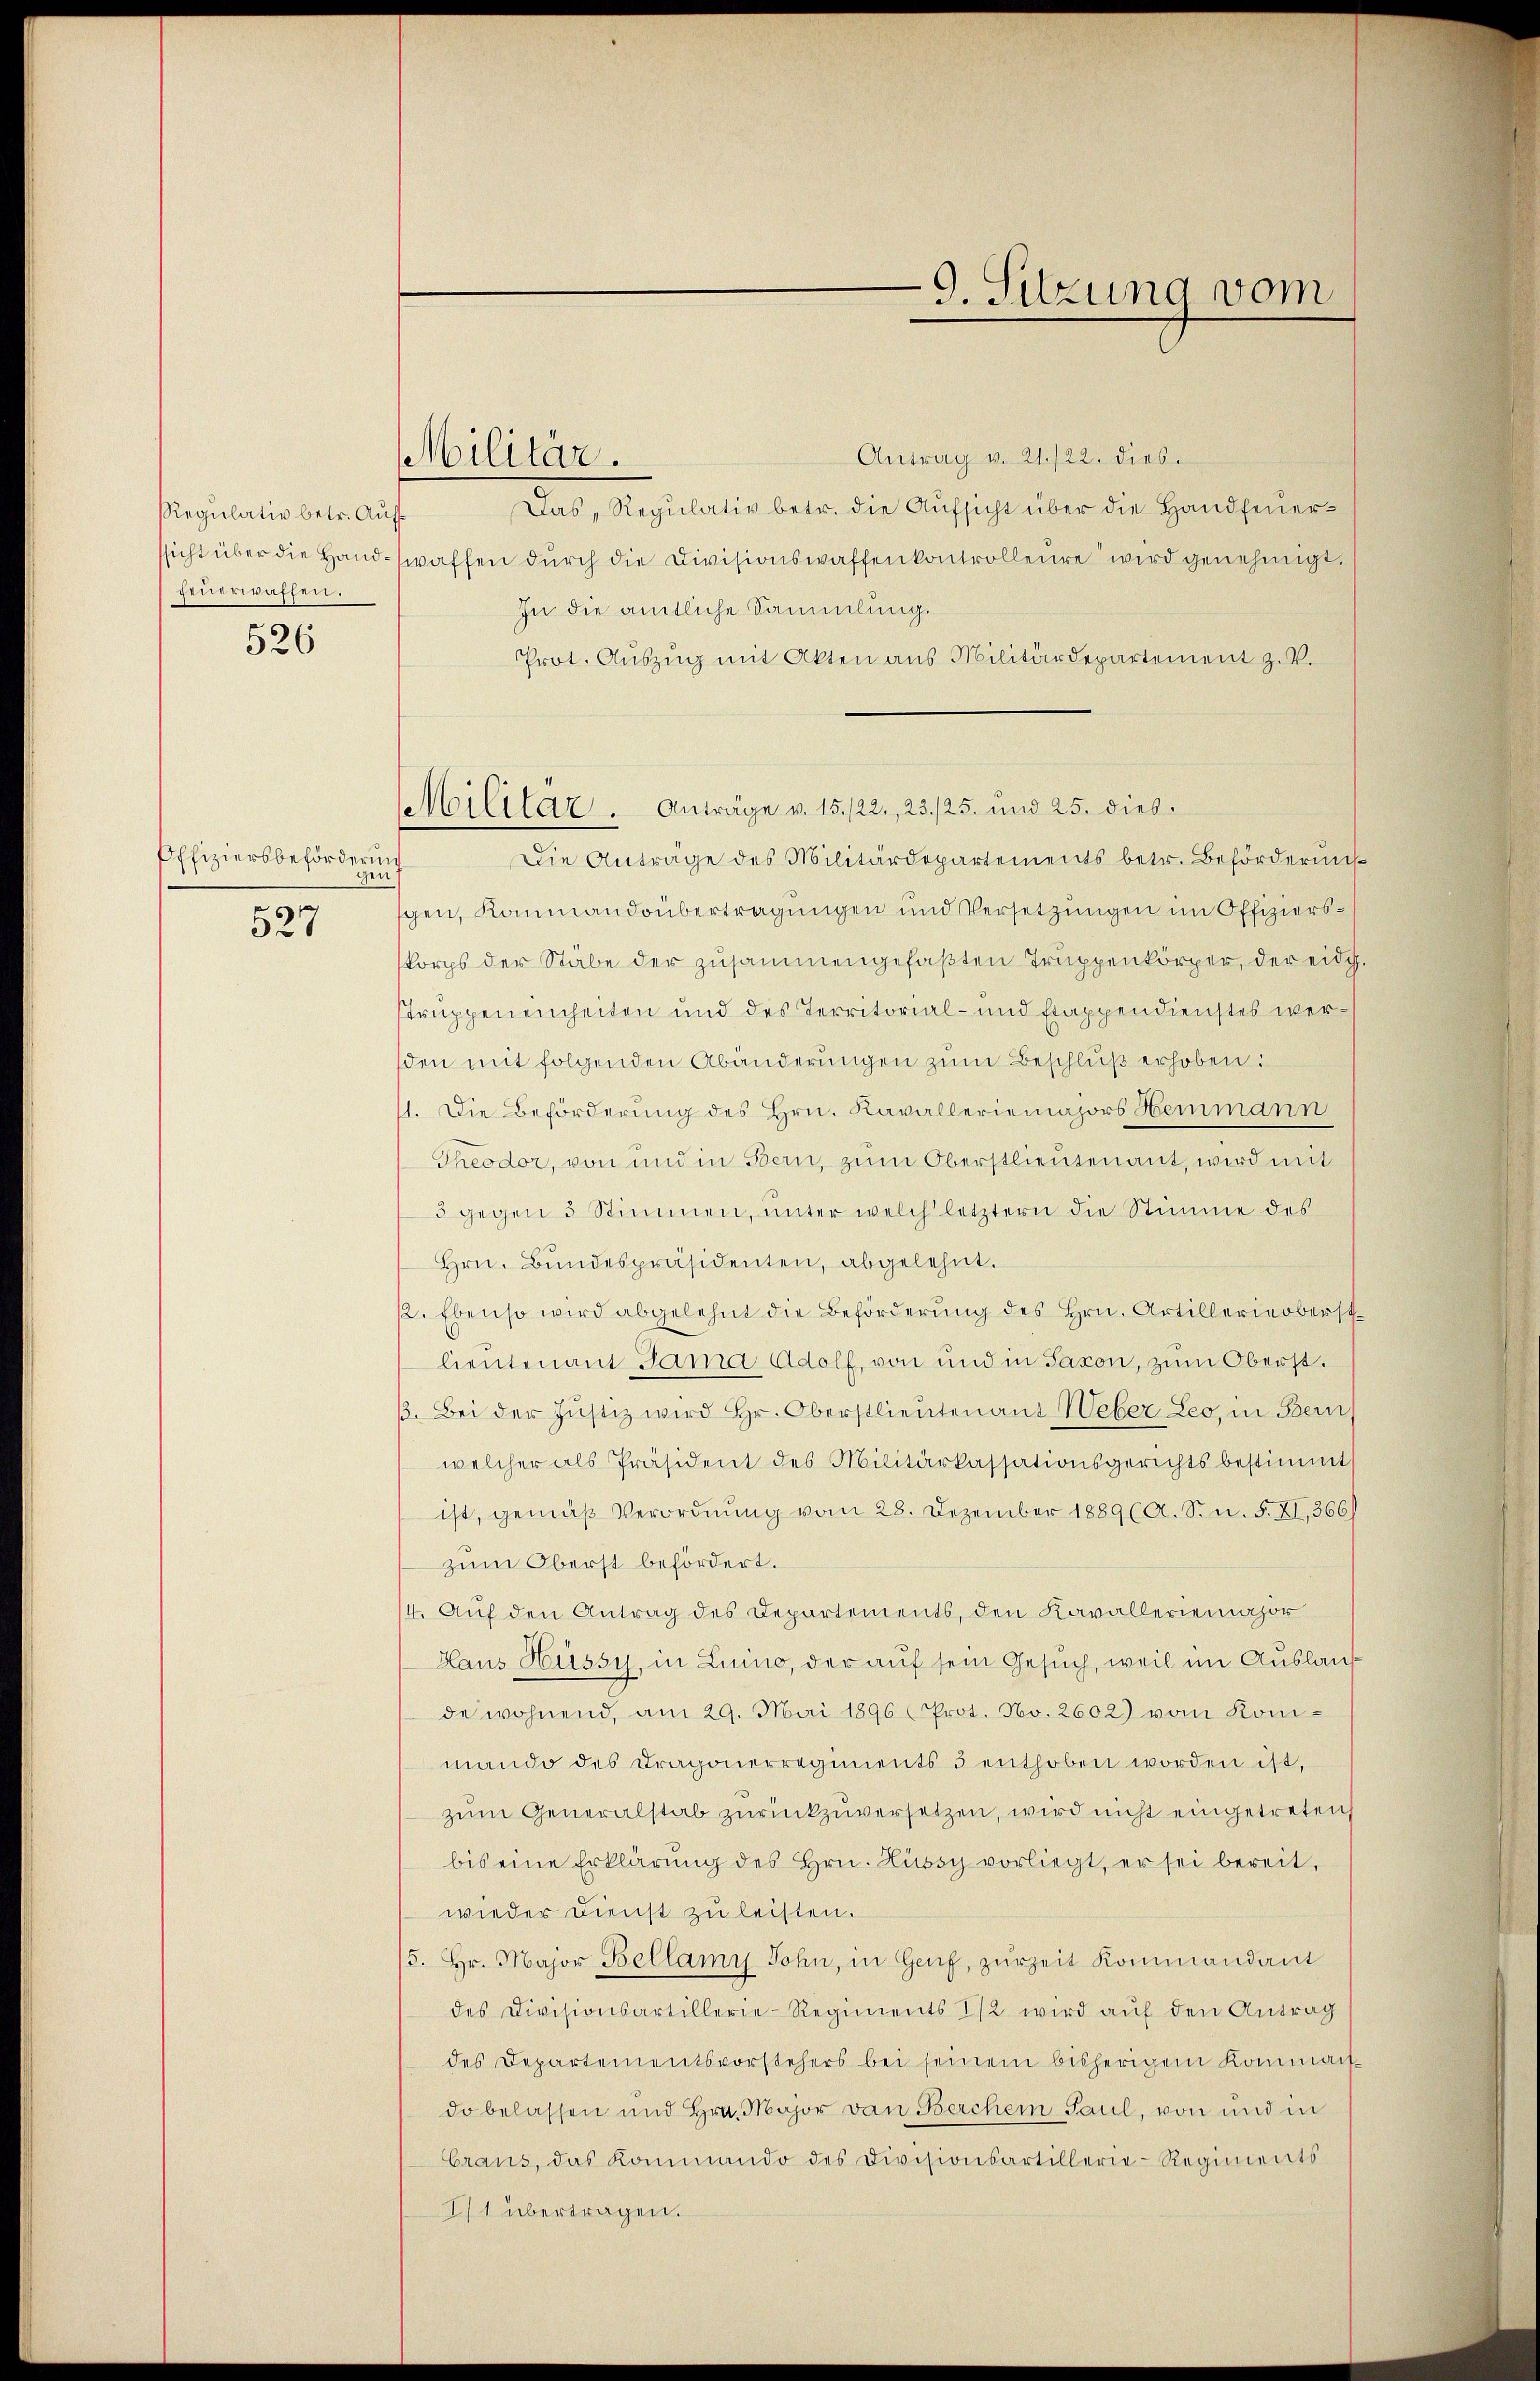
Regulativ betr. Auff
feuerwaffen.

526

Offiziers beförderun
gen
527

Militär.

Antrag v. 21./22. dies
Das, Regulativ betr. die Aufsicht über die Handfeuerssicht über die Handwaffen durch die Divisionswaffenkontrolleure wird genehmigt.
In die amtliche Sammlung.
Prot. Aŭszŭg mit Akten aus Militärdepartement z. V.
Militär. Anträge v. 15./22., 23./25. und 25. dies
Die Anträge des Militärdepartements betr. Behörderung
gen, Kammandoübertragungen und Versetzungen im Offizierskorps der Stäbe der zusammengefaβten Truppenkörper, der eidg.
struppen einheiten und des Territorial- und stappendienstes wersden mit folgenden Abänderungen zum Beschluß erhoben:
11. Die Beförderung des Hrn. Kavalleriemajors Heimann
Theodor, von und in Bern, zum Oberstlieutenant, wird mit
5 gegen 5 Stimmen, ŭnter welch letztern die Stimme des
Hrn. Bundespräsidenten, abgelehnt.
12. Ebenso wird abgelehnt die Beförderung des Hrn. Artillerie oberst
lieutenant Jama Adolf, von und in Saxon, zum Oberst¬
. Bei der Justiz wird Hr. Oberstlieutenans Weber Leo, in Bern,
welcher als Präsident des Militärkassationsgerichts bestimmt
ist, gemäß Verordnung vom 28. Dezember 1889 (A. S. n. F. XI, 366)
zum Oberst befördert.
14. Auf den Antrag des Departements, den Kavalleriemajor
Haus Hüssy, in Luino, der auf sein Gesuch, weil im Auslauf
de wohnend, am 29. Mai 1896 (Prot. No. 2602) vom Konimando des Dragonerregiments 3 enthoben worden ist,
zŭm Generalstab zŭrückzŭversetzen, wird nicht eingetreten
bis eine Erklärung des Hrn. Hüssy vorliegt, er sei bereit,
wieder Dienst zu leisten.
/5. Hr. Major Bellany Sohn, in Genf, zurzeit kommandant
des Divisionsartillerie-Regiments 1/2 wird auf den Antrag
des Departementsvorstehers bei seinem bisherigem Kommais-
do belassen und Hrn. Major von Berchein Paul, von und in
braus, das Kommando des Divisionsartillerie-Regiments
I1 übertragen.

9. Sitzung vom